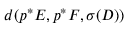
d ( p ^ { * } E , p ^ { * } F , \sigma ( D ) )